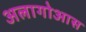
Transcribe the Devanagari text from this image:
अलागोआस